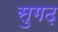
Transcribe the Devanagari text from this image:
सुगढ़